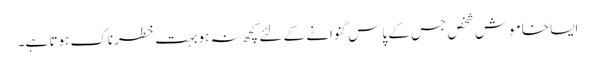
ایسا خاموش شخص جس کے پاس گنوانے کے لئے کچھ نہ ہو بہت خطرناک ہوتا ہے۔